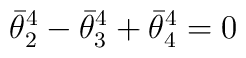
\bar{\theta}_{2}^{4}-\bar{\theta}_{3}^{4}+\bar{\theta}_{4}^{4}=0